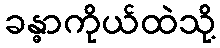
ခန္ဓာကိုယ်ထဲသို့